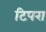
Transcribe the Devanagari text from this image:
टिपरा